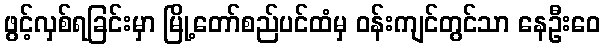
ဖွင့်လှစ်ရခြင်းမှာ မြို့တော်စည်ပင်ထံမှ ဝန်းကျင်တွင်သာ နေဦးဝေ